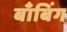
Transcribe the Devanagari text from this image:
बाँबिंग